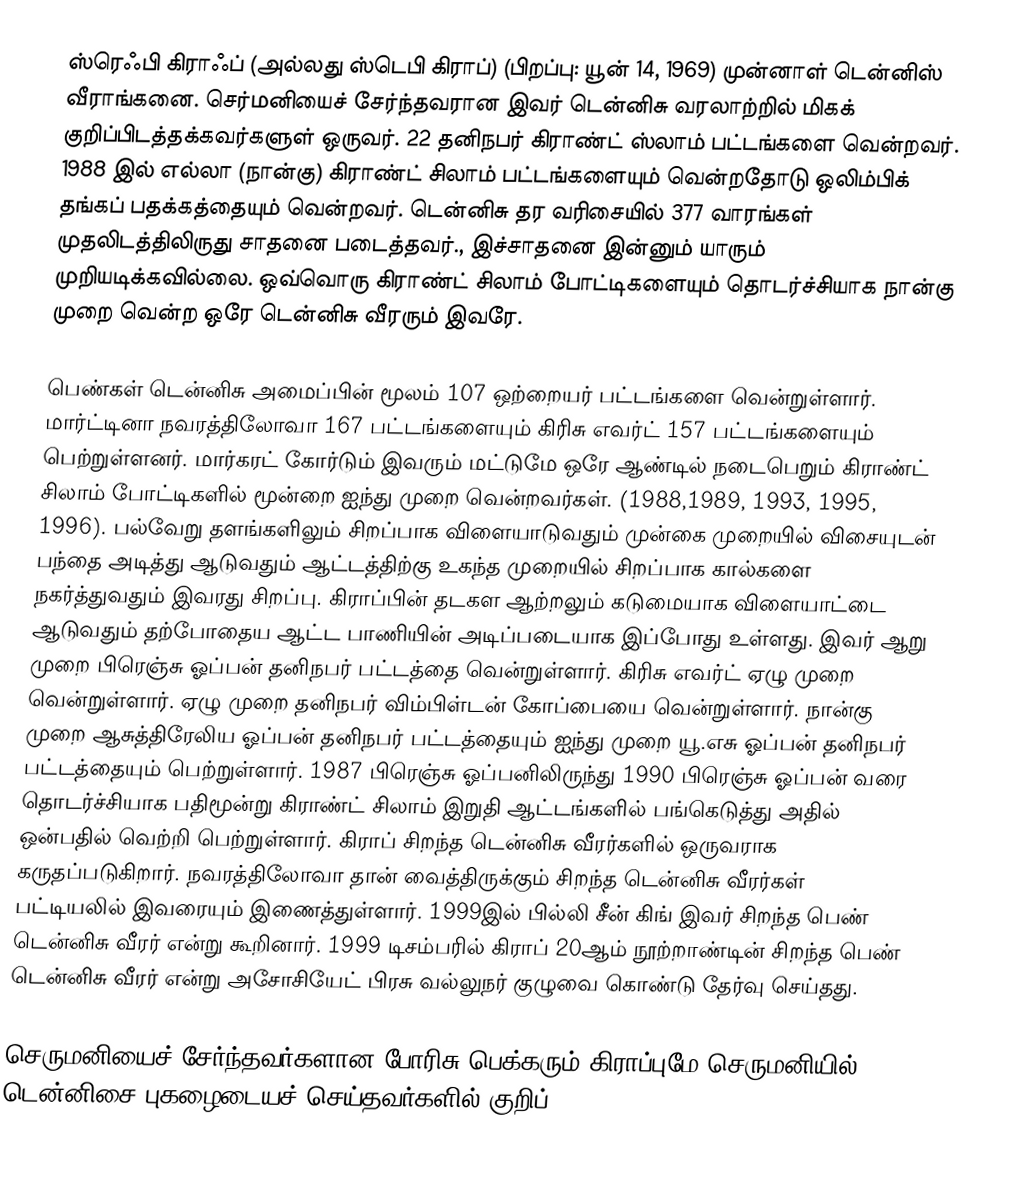
ஸ்ரெஃபி கிராஃப் (அல்லது ஸ்டெபி கிராப்) (பிறப்பு: யூன் 14, 1969) முன்னாள் டென்னிஸ் வீராங்கனை. செர்மனியைச் சேர்ந்தவரான இவர் டென்னிசு  வரலாற்றில் மிகக் குறிப்பிடத்தக்கவர்களுள் ஒருவர். 22 தனிநபர் கிராண்ட் ஸ்லாம் பட்டங்களை வென்றவர். 1988 இல் எல்லா (நான்கு) கிராண்ட் சிலாம் பட்டங்களையும் வென்றதோடு ஒலிம்பிக் தங்கப் பதக்கத்தையும் வென்றவர். டென்னிசு தர வரிசையில் 377 வாரங்கள் முதலிடத்திலிருது சாதனை படைத்தவர்., இச்சாதனை இன்னும் யாரும் முறியடிக்கவில்லை. ஒவ்வொரு கிராண்ட் சிலாம் போட்டிகளையும் தொடர்ச்சியாக நான்கு முறை வென்ற ஒரே டென்னிசு வீரரும் இவரே.

பெண்கள் டென்னிசு அமைப்பின் மூலம் 107 ஒற்றையர் பட்டங்களை வென்றுள்ளார். மார்ட்டினா நவரத்திலோவா 167 பட்டங்களையும் கிரிசு எவர்ட் 157 பட்டங்களையும் பெற்றுள்ளனர். மார்கரட் கோர்டும் இவரும் மட்டுமே ஒரே ஆண்டில் நடைபெறும் கிராண்ட் சிலாம் போட்டிகளில் மூன்றை ஐந்து முறை வென்றவர்கள். (1988,1989, 1993, 1995, 1996). பல்வேறு தளங்களிலும் சிறப்பாக விளையாடுவதும் முன்கை முறையில் விசையுடன் பந்தை அடித்து ஆடுவதும் ஆட்டத்திற்கு உகந்த முறையில் சிறப்பாக கால்களை நகர்த்துவதும் இவரது சிறப்பு. கிராப்பின் தடகள ஆற்றலும் கடுமையாக விளையாட்டை ஆடுவதும் தற்போதைய ஆட்ட பாணியின் அடிப்படையாக இப்போது உள்ளது. இவர் ஆறு  முறை பிரெஞ்சு ஓப்பன் தனிநபர் பட்டத்தை வென்றுள்ளார். கிரிசு எவர்ட் ஏழு முறை வென்றுள்ளார். ஏழு முறை தனிநபர் விம்பிள்டன் கோப்பையை வென்றுள்ளார். நான்கு முறை ஆசுத்திரேலிய ஓப்பன் தனிநபர் பட்டத்தையும் ஐந்து முறை யூ.எசு ஓப்பன் தனிநபர் பட்டத்தையும் பெற்றுள்ளார். 1987 பிரெஞ்சு ஓப்பனிலிருந்து 1990 பிரெஞ்சு ஓப்பன் வரை தொடர்ச்சியாக பதிமூன்று கிராண்ட் சிலாம் இறுதி ஆட்டங்களில் பங்கெடுத்து அதில் ஒன்பதில் வெற்றி பெற்றுள்ளார். கிராப் சிறந்த டென்னிசு வீரர்களில் ஒருவராக கருதப்படுகிறார். நவரத்திலோவா தான் வைத்திருக்கும் சிறந்த டென்னிசு வீரர்கள் பட்டியலில் இவரையும் இணைத்துள்ளார். 1999இல் பில்லி சீன் கிங் இவர் சிறந்த பெண் டென்னிசு வீரர் என்று கூறினார். 1999 டிசம்பரில் கிராப் 20ஆம் நூற்றாண்டின் சிறந்த பெண் டென்னிசு வீரர் என்று அசோசியேட் பிரசு வல்லுநர் குழுவை கொண்டு தேர்வு செய்தது.

செருமனியைச் சேர்ந்தவர்களான போரிசு பெக்கரும் கிராப்புமே செருமனியில் டென்னிசை புகழைடையச் செய்தவர்களில் குறிப்